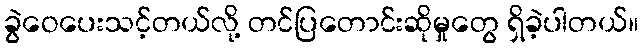
ခွဲဝေပေးသင့်တယ်လို့ တင်ပြတောင်းဆိုမှုတွေ ရှိခဲ့ပါတယ်။